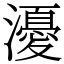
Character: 瀀